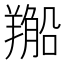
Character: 𦏂